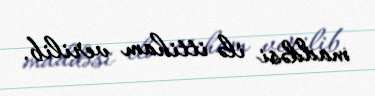
maddəsi ilə ittiham verilib.